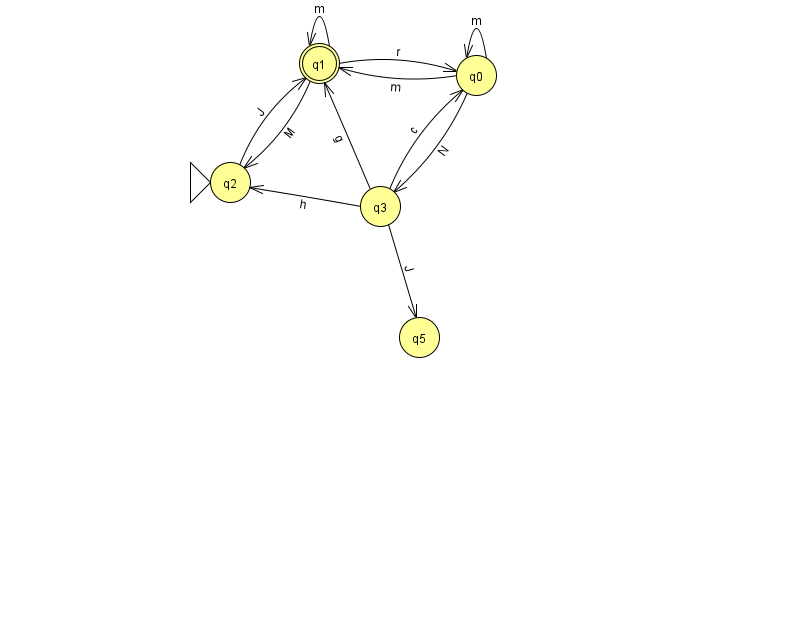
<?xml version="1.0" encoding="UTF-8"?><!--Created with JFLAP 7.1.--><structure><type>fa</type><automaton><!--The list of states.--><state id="0" name="q0"><x>476.0</x><y>62.0</y></state><state id="1" name="q1"><x>319.0</x><y>50.0</y><final/></state><state id="2" name="q2"><x>230.0</x><y>169.0</y><initial/></state><state id="3" name="q3"><x>380.0</x><y>193.0</y></state><state id="5" name="q5"><x>419.0</x><y>324.0</y></state><!--The list of transitions.--><transition><from>3</from><to>5</to><read>J</read></transition><transition><from>3</from><to>1</to><read>g</read></transition><transition><from>1</from><to>0</to><read>r</read></transition><transition><from>3</from><to>0</to><read>c</read></transition><transition><from>0</from><to>3</to><read>N</read></transition><transition><from>1</from><to>2</to><read>M</read></transition><transition><from>3</from><to>2</to><read>h</read></transition><transition><from>0</from><to>0</to><read>m</read></transition><transition><from>0</from><to>1</to><read>m</read></transition><transition><from>1</from><to>1</to><read>m</read></transition><transition><from>2</from><to>1</to><read>J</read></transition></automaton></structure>